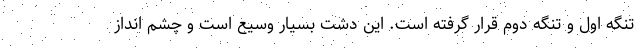
تنگه اول و تنگه دوم قرار گرفته است. این دشت بسیار وسیع است و چشم انداز